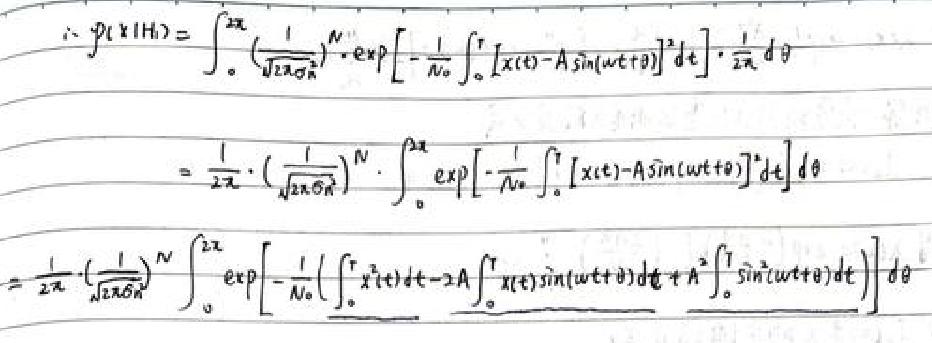
\begin{align*}
\(\therefore p(x|H_1)&=\int_{0}^{2\pi}(\frac{1}{\sqrt{2\pi\sigma_n^2}})^N\cdot\exp\left[-\frac{1}{N_0}\int_{0}^{T}[x(t)-A\sin(\omega t+\theta)]^2dt\right]\cdot\frac{1}{2\pi}d\theta\)\\
\(&=\frac{1}{2\pi}\cdot(\frac{1}{\sqrt{2\pi\sigma_n^2}})^N\cdot\int_{0}^{2\pi}\exp\left[-\frac{1}{N_0}\int_{0}^{T}[x(t)-A\sin(\omega t+\theta)]^2dt\right]d\theta\)\\
\(&=\frac{1}{2\pi}\cdot(\frac{1}{\sqrt{2\pi\sigma_n^2}})^N\int_{0}^{2\pi}\exp\left[-\frac{1}{N_0}(\underline{\int_{0}^{T}x^2(t)dt}-2A\underline{\int_{0}^{T}x(t)\sin(\omega t+\theta)dt}+A^2\underline{\int_{0}^{T}\sin^2(\omega t+\theta)dt})\right]d\theta\)\\
\end{align*}